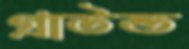
গ্রাউন্ড